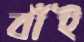
বাঁই